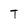
Character: T